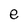
Character: e